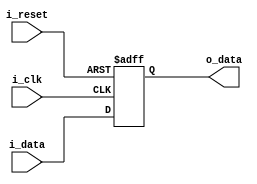
module io_buffer (
    input wire i_clk,
    input wire i_reset,
    input wire i_data,
    output reg o_data
);

// Compensated bidirectional buffer logic
always @ (posedge i_clk or posedge i_reset) begin
  if (i_reset) begin
    o_data <= 1'b0; // Reset output data
  end else begin
    o_data <= i_data; // Buffer input data to output
  end
end

endmodule